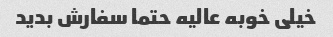
خیلی خوبه عالیه حتما سفارش بدید